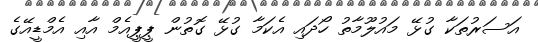
އަސަރުތަކާ ގުޅޭ މައުލޫމާތު ހޯދައި އެކަމާ ގުޅޭ ގޮތުން ޕީޕީއެމް އާއި އެމްޑީއޭގެ